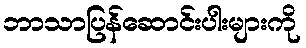
ဘာသာပြန်ဆောင်းပါးများကို